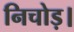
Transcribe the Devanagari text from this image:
निचोड़।